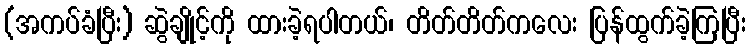
(အကပ်ခံပြီး) ဆွဲချိုင့်ကို ထားခဲ့ရပါတယ်၊ တိတ်တိတ်ကလေး ပြန်ထွက်ခဲ့ကြပြီး